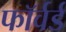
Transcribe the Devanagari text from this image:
फाॅर्वर्ड